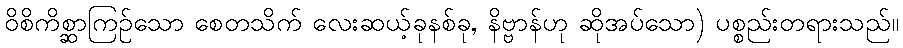
ဝိစိကိစ္ဆာကြဉ်သော စေတသိက် လေးဆယ့်ခုနစ်ခု, နိဗ္ဗာန်ဟု ဆိုအပ်သော) ပစ္စည်းတရားသည်။